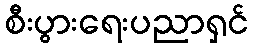
စီးပွားရေးပညာရှင်